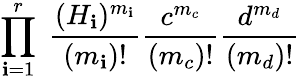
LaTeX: \prod_{\mathbf{i}=1}^{r}\; \frac{{(H_{\mathbf{i}})^{m_{\mathbf{i}}}}}{{(m_{\mathbf{i}})!}}\frac{{c^{m_{c}}}}{{(m_{c})!}}\frac{{d^{m_{d}}}}{{(m_{d})!}}